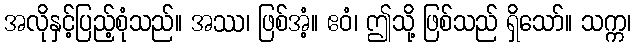
အလိုနှင့်ပြည့်စုံသည်။ အဿ၊ ဖြစ်အံ့။ ဧဝံ၊ ဤသို့ ဖြစ်သည် ရှိသော်။ သက္က၊